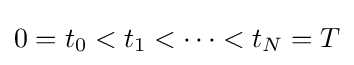
0=t_{0}<t_{1}<\cdots <t_{N}=T